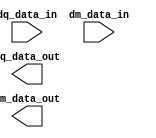
// (C) 2001-2016 Intel Corporation. All rights reserved.
// Your use of Intel Corporation's design tools, logic functions and other 
// software and tools, and its AMPP partner logic functions, and any output 
// files any of the foregoing (including device programming or simulation 
// files), and any associated documentation or information are expressly subject 
// to the terms and conditions of the Intel Program License Subscription 
// Agreement, Intel MegaCore Function License Agreement, or other applicable 
// license agreement, including, without limitation, that your use is for the 
// sole purpose of programming logic devices manufactured by Intel and sold by 
// Intel or its authorized distributors.  Please refer to the applicable 
// agreement for further details.


`timescale 1 ps / 1 ps

module rw_manager_data_broadcast(
	dq_data_in,
	dm_data_in,
	dq_data_out,
	dm_data_out
);

	parameter NUMBER_OF_DQS_GROUPS 	= "";
	parameter NUMBER_OF_DQ_PER_DQS 	= "";
	parameter AFI_RATIO 		= "";
	parameter MEM_DM_WIDTH		= "";

	localparam NUMBER_OF_DQ_BITS = NUMBER_OF_DQS_GROUPS * NUMBER_OF_DQ_PER_DQS;
	localparam NUMBER_OF_WORDS = 2 * AFI_RATIO;

	input [NUMBER_OF_DQ_PER_DQS * NUMBER_OF_WORDS - 1 : 0] dq_data_in;
	input [NUMBER_OF_WORDS - 1 : 0] dm_data_in;
	output [NUMBER_OF_DQ_BITS * NUMBER_OF_WORDS - 1 : 0] dq_data_out;
	output [MEM_DM_WIDTH * 2 * AFI_RATIO - 1 : 0] dm_data_out;

	genvar gr, wr, dmbit;
	generate
		for(wr = 0; wr < NUMBER_OF_WORDS; wr = wr + 1)
		begin : word
			for(gr = 0; gr < NUMBER_OF_DQS_GROUPS; gr = gr + 1)
			begin : group
				assign dq_data_out[wr * NUMBER_OF_DQ_BITS + (gr + 1) * NUMBER_OF_DQ_PER_DQS - 1 : wr * NUMBER_OF_DQ_BITS + gr * NUMBER_OF_DQ_PER_DQS] = 
					dq_data_in[(wr + 1) * NUMBER_OF_DQ_PER_DQS - 1 : wr * NUMBER_OF_DQ_PER_DQS];
			end

			for(dmbit = 0; dmbit < MEM_DM_WIDTH; dmbit = dmbit + 1)
			begin : data_mask_bit
				assign dm_data_out[wr * MEM_DM_WIDTH + dmbit] = dm_data_in[wr];
			end
		end
	endgenerate
	
`ifdef ADD_UNIPHY_SIM_SVA
	assert property (@dm_data_in NUMBER_OF_DQS_GROUPS == MEM_DM_WIDTH) else
	    $error("%t, [DATA BROADCAST ASSERT] NUMBER_OF_DQS_GROUPS and MEM_DM_WIDTH mismatch, NUMBER_OF_DQS_GROUPS = %d, MEM_DM_WIDTH = %d", $time, NUMBER_OF_DQS_GROUPS, MEM_DM_WIDTH);
`endif

endmodule